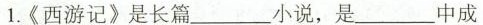
1.《西游记》是长篇___小说，是___中成